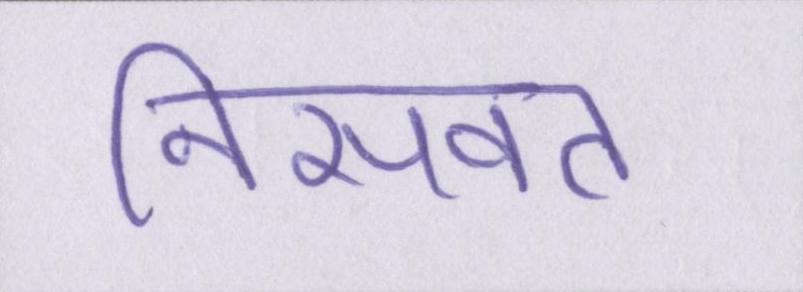
निसवत